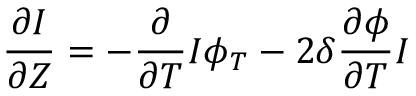
\frac { \partial I } { \partial Z } = - \frac { \partial } { \partial T } I \phi _ { T } - 2 \delta \frac { \partial \phi } { \partial T } I